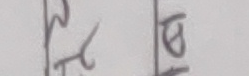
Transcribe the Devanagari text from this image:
मेत्त बिग